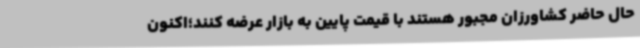
حال حاضر کشاورزان مجبور هستند با قیمت پایین به بازار عرضه کنند؛اکنون